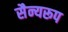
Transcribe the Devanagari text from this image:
सैन्यरूप